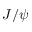
J / \psi